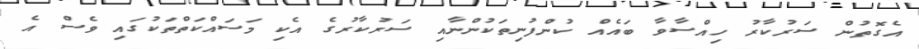
އެގޮތުން ސަރުކާރު ހިއްސާވާ ބައެއް ކުންފުނިތަކުންނާއި ސަރުކާރުގެ އެކި މަސައްކަތްތަކުގައި ވެސް އެ